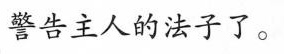
警告主人的法子了。